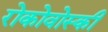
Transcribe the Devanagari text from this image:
रोकोवोस्की